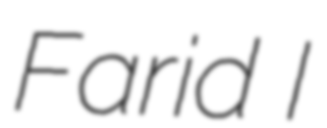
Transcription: Farid I